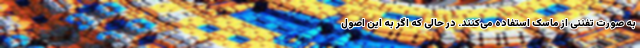
به صورت تفننی از ماسک استفاده می‌کنند. در حالی که اگر به این اصول